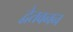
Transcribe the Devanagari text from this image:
द्वेतवनन